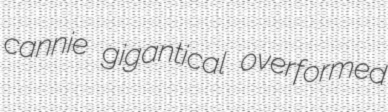
cannie gigantical overformed